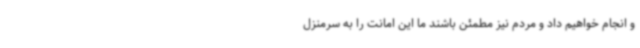
و انجام خواهیم داد و مردم نیز مطمئن باشند ما این امانت را به سرمنزل